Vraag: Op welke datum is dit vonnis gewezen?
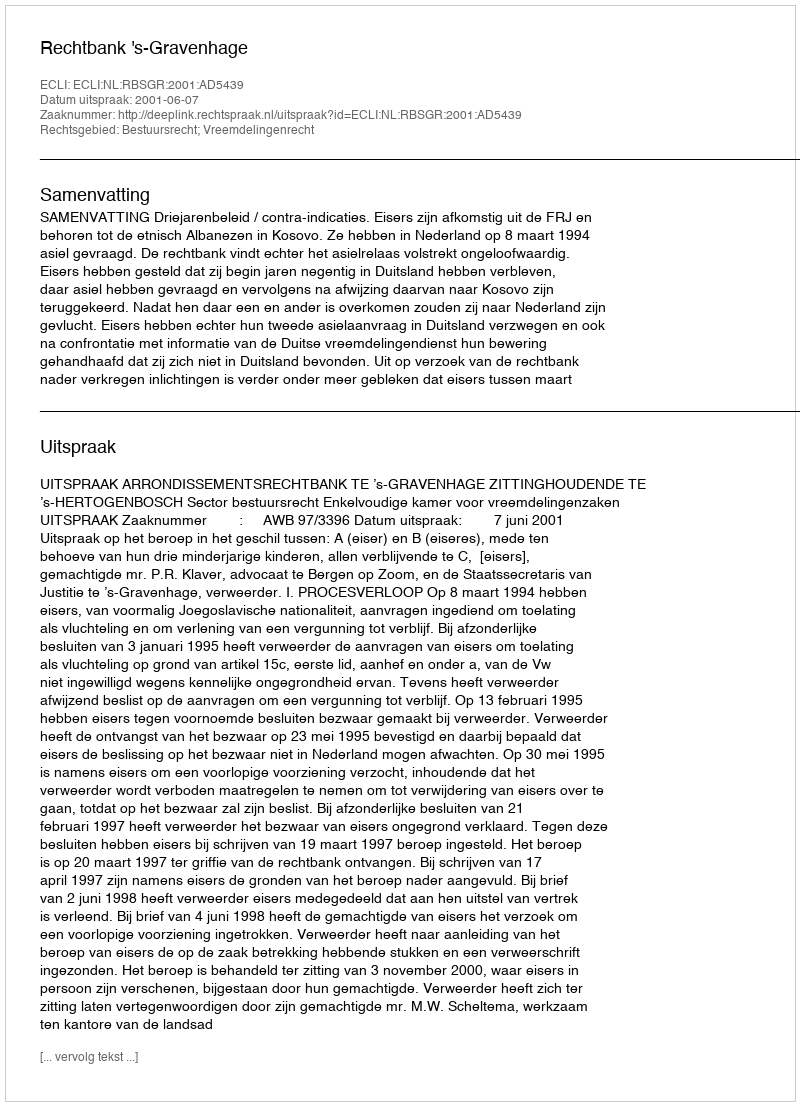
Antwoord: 2001-06-07